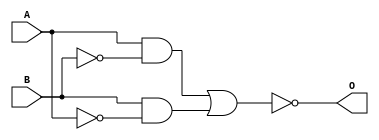
module xor_gate (
    input A,
    input B,
    output O
);

wire not_A, not_B;

assign not_A = ~A;
assign not_B = ~B;

// CMOS transmission gates
assign O1 = A & not_B;
assign O2 = B & not_A;

// Combine outputs using a NOR gate
assign O = ~(O1 | O2);

endmodule